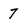
Character: 7